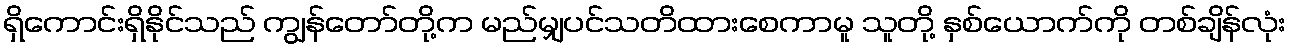
ရှိကောင်းရှိနိုင်သည် ကျွန်တော်တို့က မည်မျှပင်သတိထားစေကာမူ သူတို့ နှစ်ယောက်ကို တစ်ချိန်လုံး